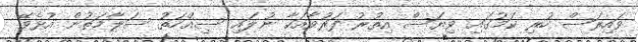
ވައިރަސް ހުރި ކަމުގައި ވިޔަސް އިތުރު ފަރުވާއަކާ ނުލައި ސިއްހަތު ސަލާމަތުން އުޅެވޭ